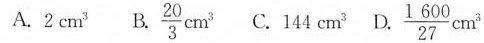
A.2cm^{3} B. \frac{20}{3}cm^{3} 。144cm^{3} D. \frac{1600}{27}cm^{3}